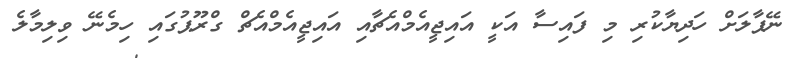
ނޭޕާލަށް ހަދިޔާކުރި މި ފައިސާ އަކީ އައިޖީއެމްއެޗާއި އައިޖީއެމްއެޗް ގްރޫޕުގައި ހިމެނޭ ވިލިމާލެ